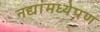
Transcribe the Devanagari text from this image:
नद्यांमध्येपण